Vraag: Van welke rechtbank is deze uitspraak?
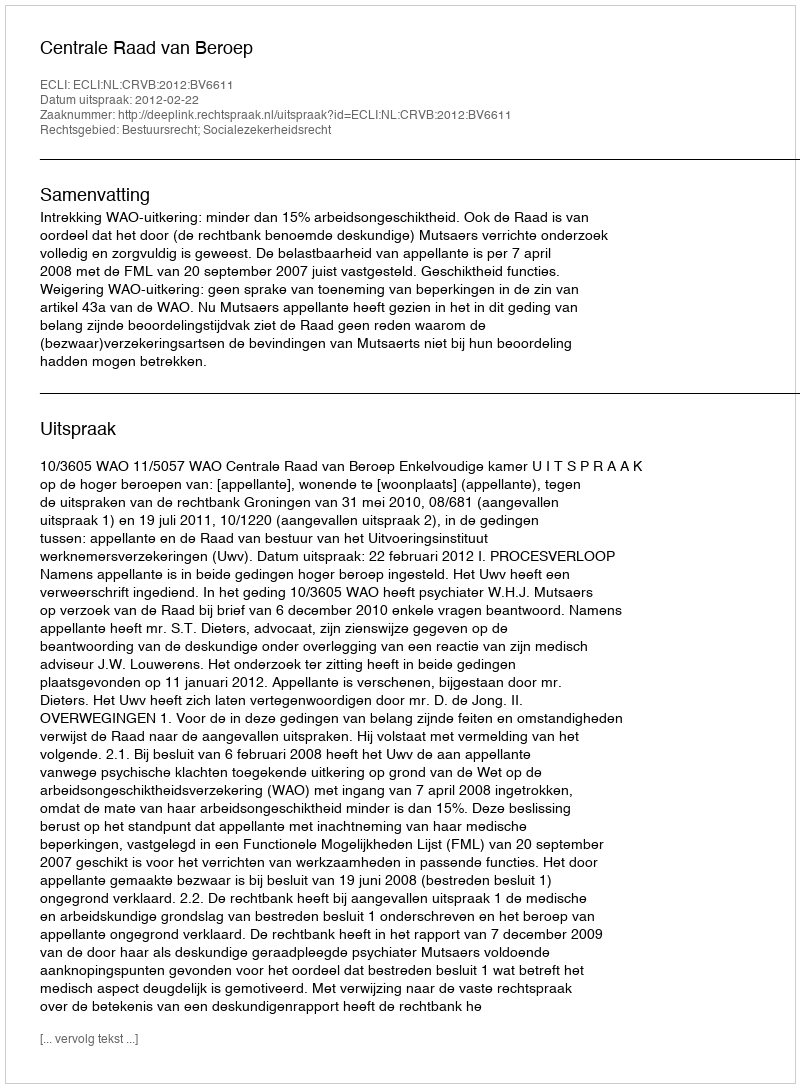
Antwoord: Centrale Raad van Beroep